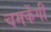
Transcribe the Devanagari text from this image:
चमकेंगी